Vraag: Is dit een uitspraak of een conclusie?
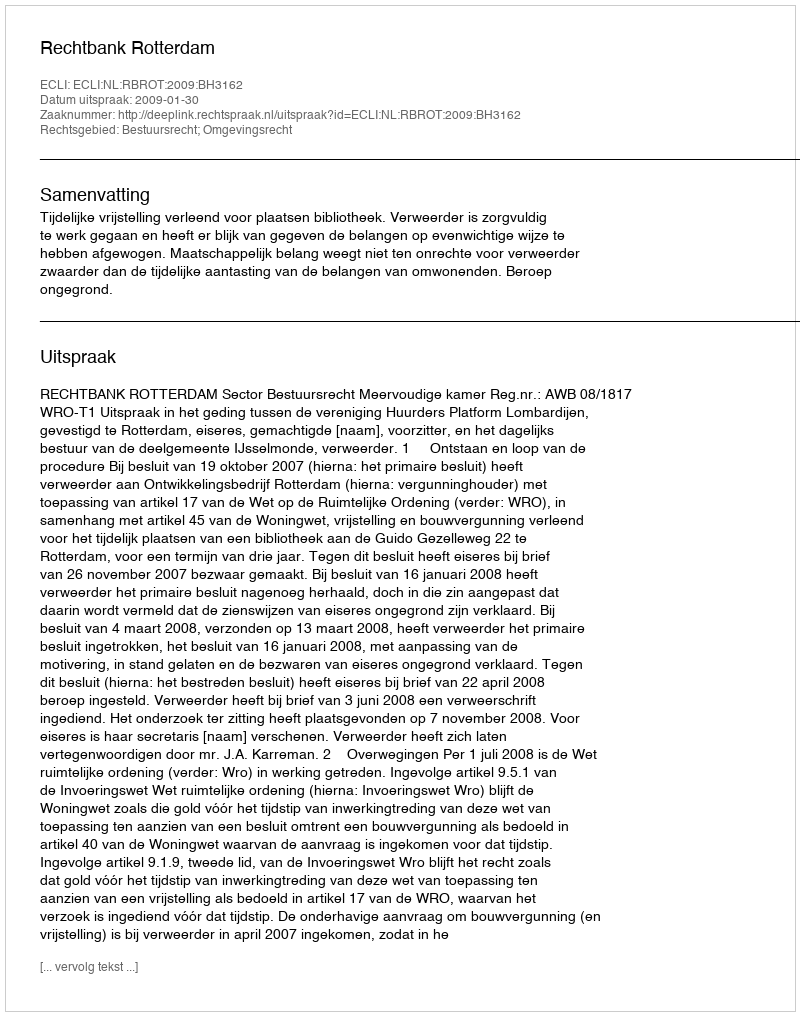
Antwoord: Uitspraak